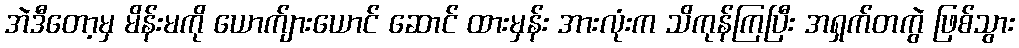
အဲဒီတော့မှ မိန်းမကို ယောက်ျားယောင် ဆောင် ထားမှန်း အားလုံးက သိကုန်ကြပြီး အရှက်တကွဲ ဖြစ်သွား